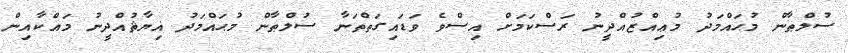
ސުލްޠާން މުޙައްމަދު މުޢިއްޒުއްދީނު ރަސްކަމަށް އިސްވެ ވަޑައިގަތްތަނާ ސުލްޠާން މުޙައްމަދު ޣިޔާޘުއްދީނު މައްކާއިން